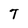
Character: T